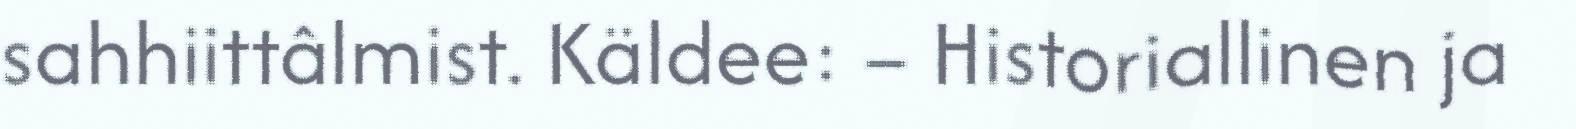
sahhiittâlmist. Käldee: – Historiallinen ja